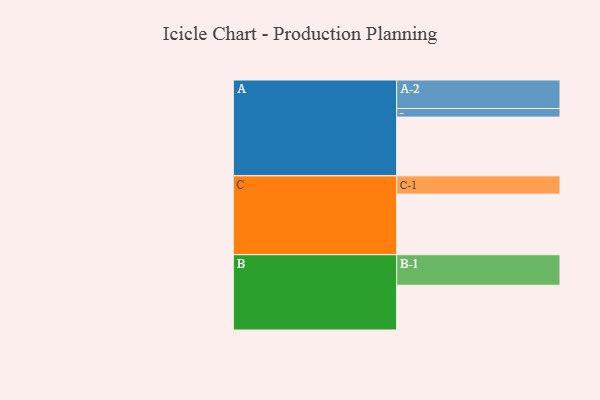
{"axis": {"x": "Segment", "y": "Value"}, "legend": ["", "A", "B", "C"], "data": [{"x": "A", "y": 560, "type": ""}, {"x": "B", "y": 427, "type": ""}, {"x": "C", "y": 578, "type": ""}, {"x": "A-1", "y": 82, "type": "A"}, {"x": "A-2", "y": 272, "type": "A"}, {"x": "B-1", "y": 291, "type": "B"}, {"x": "C-1", "y": 174, "type": "C"}]}